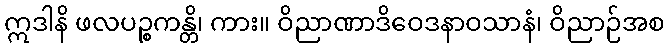
ဣဒါနိ ဖလပဉ္စကန္တိ၊ ကား။ ဝိညာဏာဒိဝေဒနာဝသာနံ၊ ဝိညာဉ်အစ